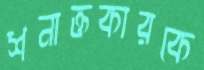
শনাক্তকারকে